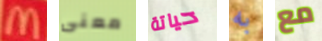
M معنى حياتة به مع